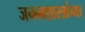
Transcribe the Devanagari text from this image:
जननशास्त्रांच्या